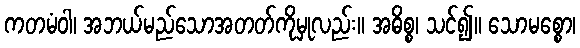
ကတမံဝါ၊ အဘယ်မည်သောအတတ်ကိုမှုလည်း။ အဓိစ္စ၊ သင်၍။ သောမစ္စော၊